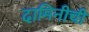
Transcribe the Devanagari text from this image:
दामिनीची